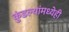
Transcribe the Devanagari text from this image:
कुंडल्यांमध्येही